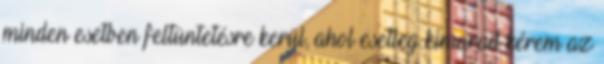
minden esetben feltüntetésre kerül, ahol esetleg kimarad kérem az